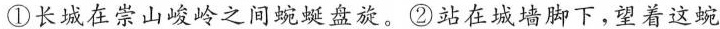
①长城在崇山峻岭之间蜿蜒盘旋。②站在城墙脚下，望着这蜿